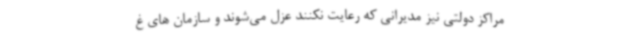
مراکز دولتی نیز مدیرانی که رعایت نکنند عزل می‌شوند و سازمان های غ